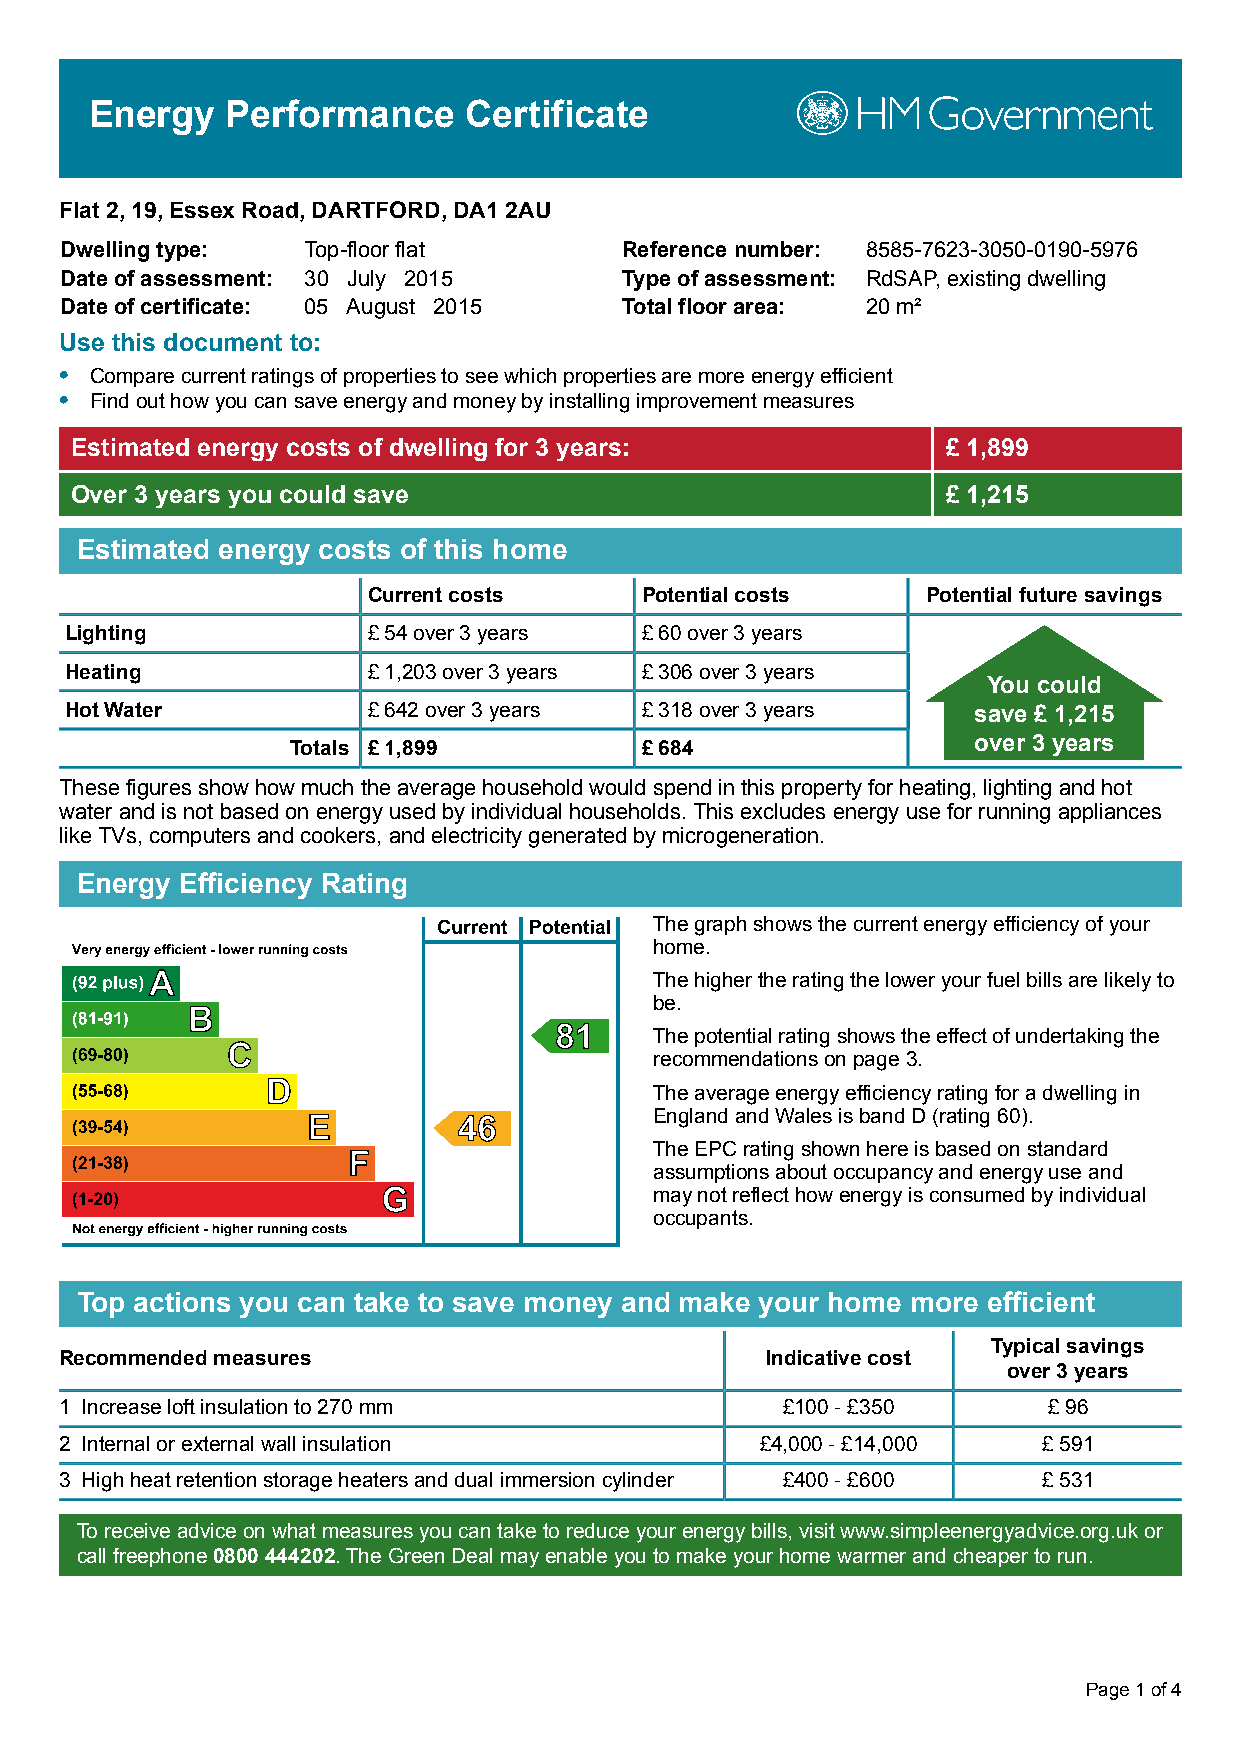
Energy   Performance     Certificate
 Flat 2, 19, Essex Road, DARTFORD, DA1 2AU
 Dwelling type:  Top-floor flat       Reference number: 8585-7623-3050-0190-5976
 Date of assessment: 30 July 2015     Type of assessment: RdSAP, existing dwelling
 Date of certificate: 05 August 2015  Total floor area: 20 m²
 Use this document to:
 • Compare current ratings of properties to see which properties are more energy efficient
 • Find out how you can save energy and money by installing improvement measures
 Estimated energy costs of dwelling for 3 years:           £ 1,899
 Over 3 years you could save                               £ 1,215
 Estimated energy costs of this home
 Current costs     Potential costs    Potential future savings
 Lighting            £ 54 over 3 years £ 60 over 3 years
 Heating             £ 1,203 over 3 years £ 306 over 3 years
 You could
 Hot Water           £ 642 over 3 years £ 318 over 3 years   save £ 1,215
 Totals £ 1,899         £ 684                 over 3 years
 These figures show how much the average household would spend in this property for heating, lighting and hot
 water and is not based on energy used by individual households. This excludes energy use for running appliances
 like TVs, computers and cookers, and electricity generated by microgeneration.
 Energy Efficiency Rating
 The graph shows the current energy efficiency of your
 home.
 The higher the rating the lower your fuel bills are likely to
 be.
 The potential rating shows the effect of undertaking the
 recommendations on page 3.
 The average energy efficiency rating for a dwelling in
 England and Wales is band D (rating 60).
 The EPC rating shown here is based on standard
 assumptions about occupancy and energy use and
 may not reflect how energy is consumed by individual
 occupants.
 Top actions you can take to save money and make your home more efficient
 Typical savings
 Recommended measures                           Indicative cost
 over 3 years
 1 Increase loft insulation to 270 mm            £100 - £350      £ 96
 2 Internal or external wall insulation        £4,000 - £14,000   £ 591
 3 High heat retention storage heaters and dual immersion cylinder £400 - £600 £ 531
 To receive advice on what measures you can take to reduce your energy bills, visit www.simpleenergyadvice.org.uk or
 call freephone 0800 444202. The Green Deal may enable you to make your home warmer and cheaper to run.
 Page 1 of 4